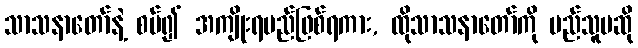
သာသနာတော်နဲ့ စပ်၍ အကျိုးရမည်ဖြစ်ရကား, ထိုသာသနာတော်ကို မည်သူမဆို